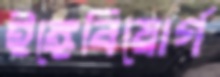
ইঙ্গেবিয়োর্গ